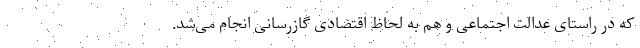
که در راستای عدالت اجتماعی و هم به لحاظ اقتصادی گازرسانی انجام می‌شد.